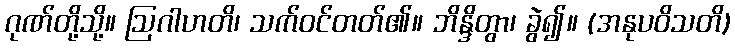
ဂုဏ်တို့သို့။ ဩဂါဟတိ၊ သက်ဝင်တတ်၏။ ဘိန္ဒိတွာ၊ ခွဲ၍။ (အနုပဝိသတိ)